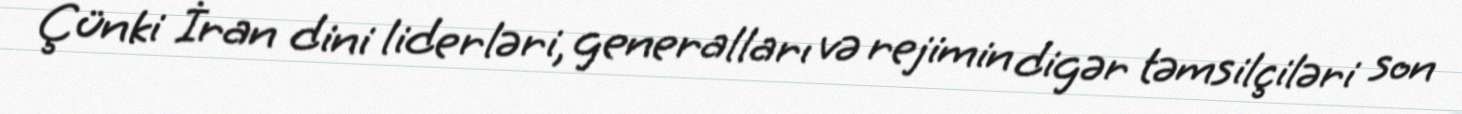
Çünki İran dini liderləri, generalları və rejimin digər təmsilçiləri son